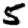
Digit: 5